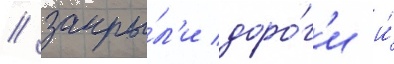
/ закры́л'и доро́г'и и́